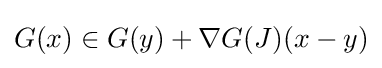
G(x)\in G(y)+\nabla G(J)(x-y)